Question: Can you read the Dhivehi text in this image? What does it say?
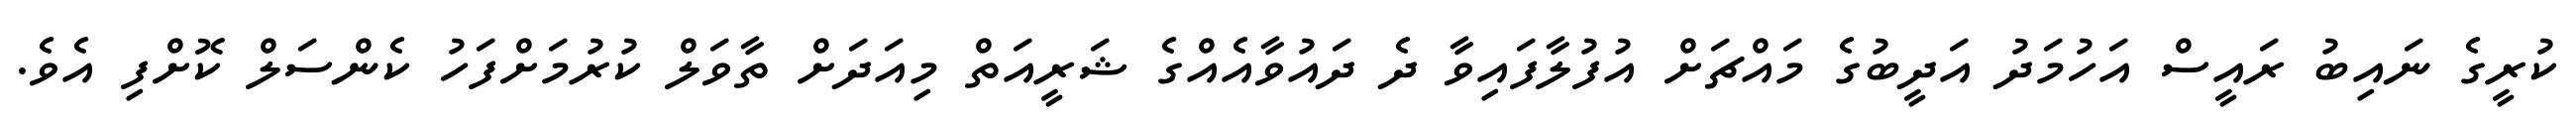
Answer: ކުރީގެ ނައިބު ރައީސް އަހުމަދު އަދީބުގެ މައްޗަށް އުފުލާފައިވާ ދެ ދައުވާއެއްގެ ޝަރީއަތް މިއަދަށް ތާވަލް ކުރުމަށްފަހު ކެންސަލް ކޮށްފި އެވެ.